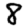
Digit: 8